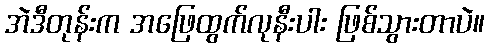
အဲဒီတုန်းက အဖြေထွက်လုနီးပါး ဖြစ်သွားတာပဲ။